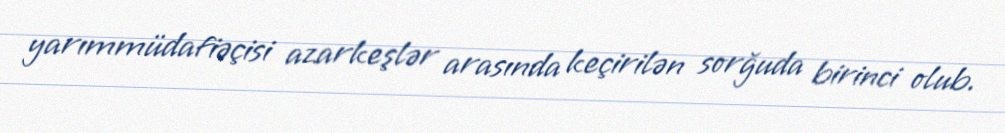
yarımmüdafiəçisi azarkeşlər arasında keçirilən sorğuda birinci olub.